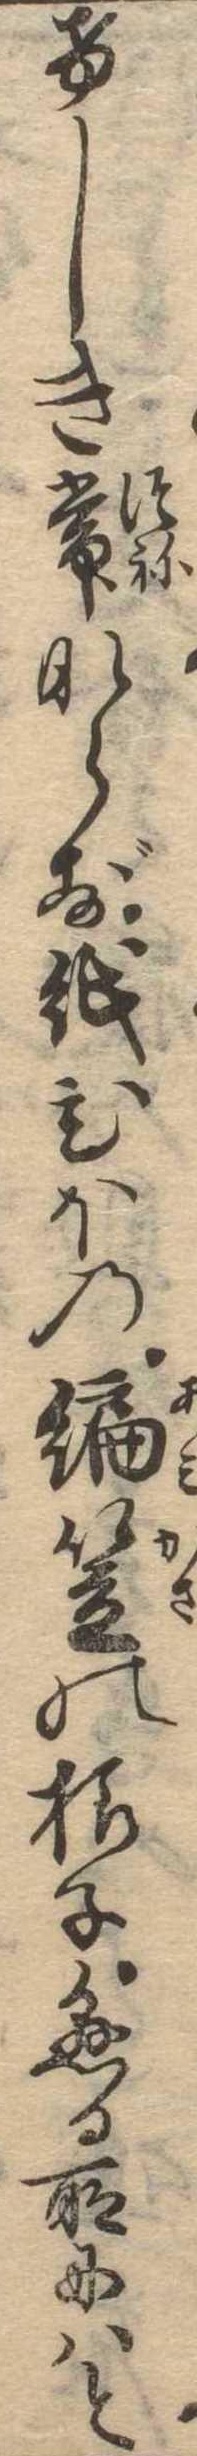
けしき常ならず紙ひぼの編笠の様子懸る所にはと